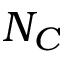
N _ { C }